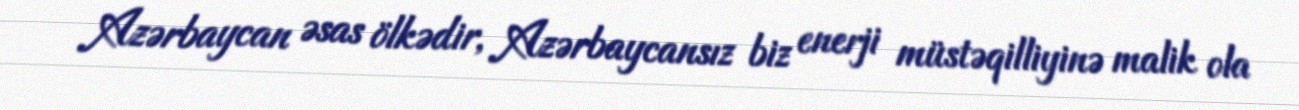
Azərbaycan əsas ölkədir, Azərbaycansız biz enerji müstəqilliyinə malik ola